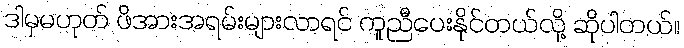
ဒါမှမဟုတ် ဖိအားအရမ်းများလာရင် ကူညီပေးနိုင်တယ်လို့ ဆိုပါတယ်။